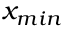
x _ { m i n }